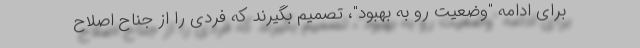
برای ادامه "وضعیت رو به بهبود"، تصمیم بگیرند که فردی را از جناح اصلاح